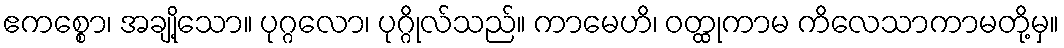
ဧကစ္စော၊ အချို့သော။ ပုဂ္ဂလော၊ ပုဂ္ဂိုလ်သည်။ ကာမေဟိ၊ ဝတ္ထုကာမ ကိလေသာကာမတို့မှ။